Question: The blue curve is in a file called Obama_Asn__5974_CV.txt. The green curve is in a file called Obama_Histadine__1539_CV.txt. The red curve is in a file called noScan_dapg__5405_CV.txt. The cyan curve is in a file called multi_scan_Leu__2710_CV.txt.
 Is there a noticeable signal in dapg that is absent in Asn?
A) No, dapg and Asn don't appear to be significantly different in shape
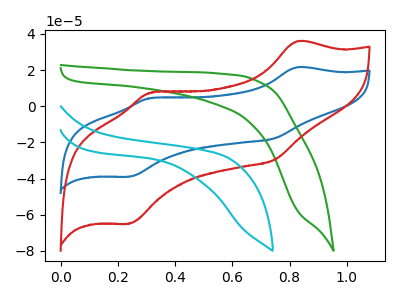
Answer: <think>The blue curve "Asn" has anodic peaks at (0.85V, 21.55uA) (0.30V, 4.50uA) and cathodic peaks at (0.75V, -17.75uA) (0.25V, -38.95uA). The green curve "Histadine" has no peaks. The red curve "dapg" has anodic peaks at (0.85V, 35.90uA) (0.30V, 7.50uA) and cathodic peaks at (0.75V, -29.55uA) (0.25V, -64.90uA). The cyan curve "Leu" has no peaks.
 All the peaks in "dapg" have a peak in "Asn" at the same potential. Every peak in "dapg" is higher than every peak in "Asn".</think>
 <answer>A) No, "dapg" and "Asn" don't appear to be significantly different in shape</answer>
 <eval>A</eval>